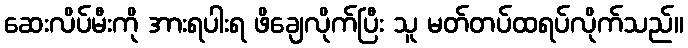
ဆေးလိပ်မီးကို အားရပါးရ ဖိချေလိုက်ပြီး သူ မတ်တပ်ထရပ်လိုက်သည်။